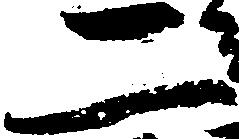
二